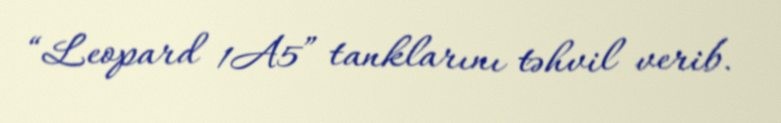
“Leopard 1A5” tanklarını təhvil verib.